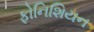
ફોનિશિયન